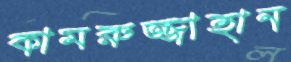
কামরুজ্জাহান